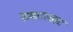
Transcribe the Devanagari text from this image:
सकारवाद